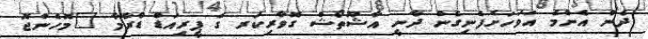
ދެން އެންމެ އަވަހަށެފެނިގެން ދާނީ އާޝޫތޯޝް ގޮވާރިކަރ ގެ ޕީރިއަޑް ޑްރާމާ "މޮހެންޖޮ